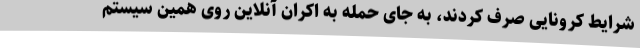
شرایط کرونایی صرف کردند، به جای حمله به اکران آنلاین روی همین سیستم